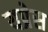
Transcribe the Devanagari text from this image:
यप्रेस